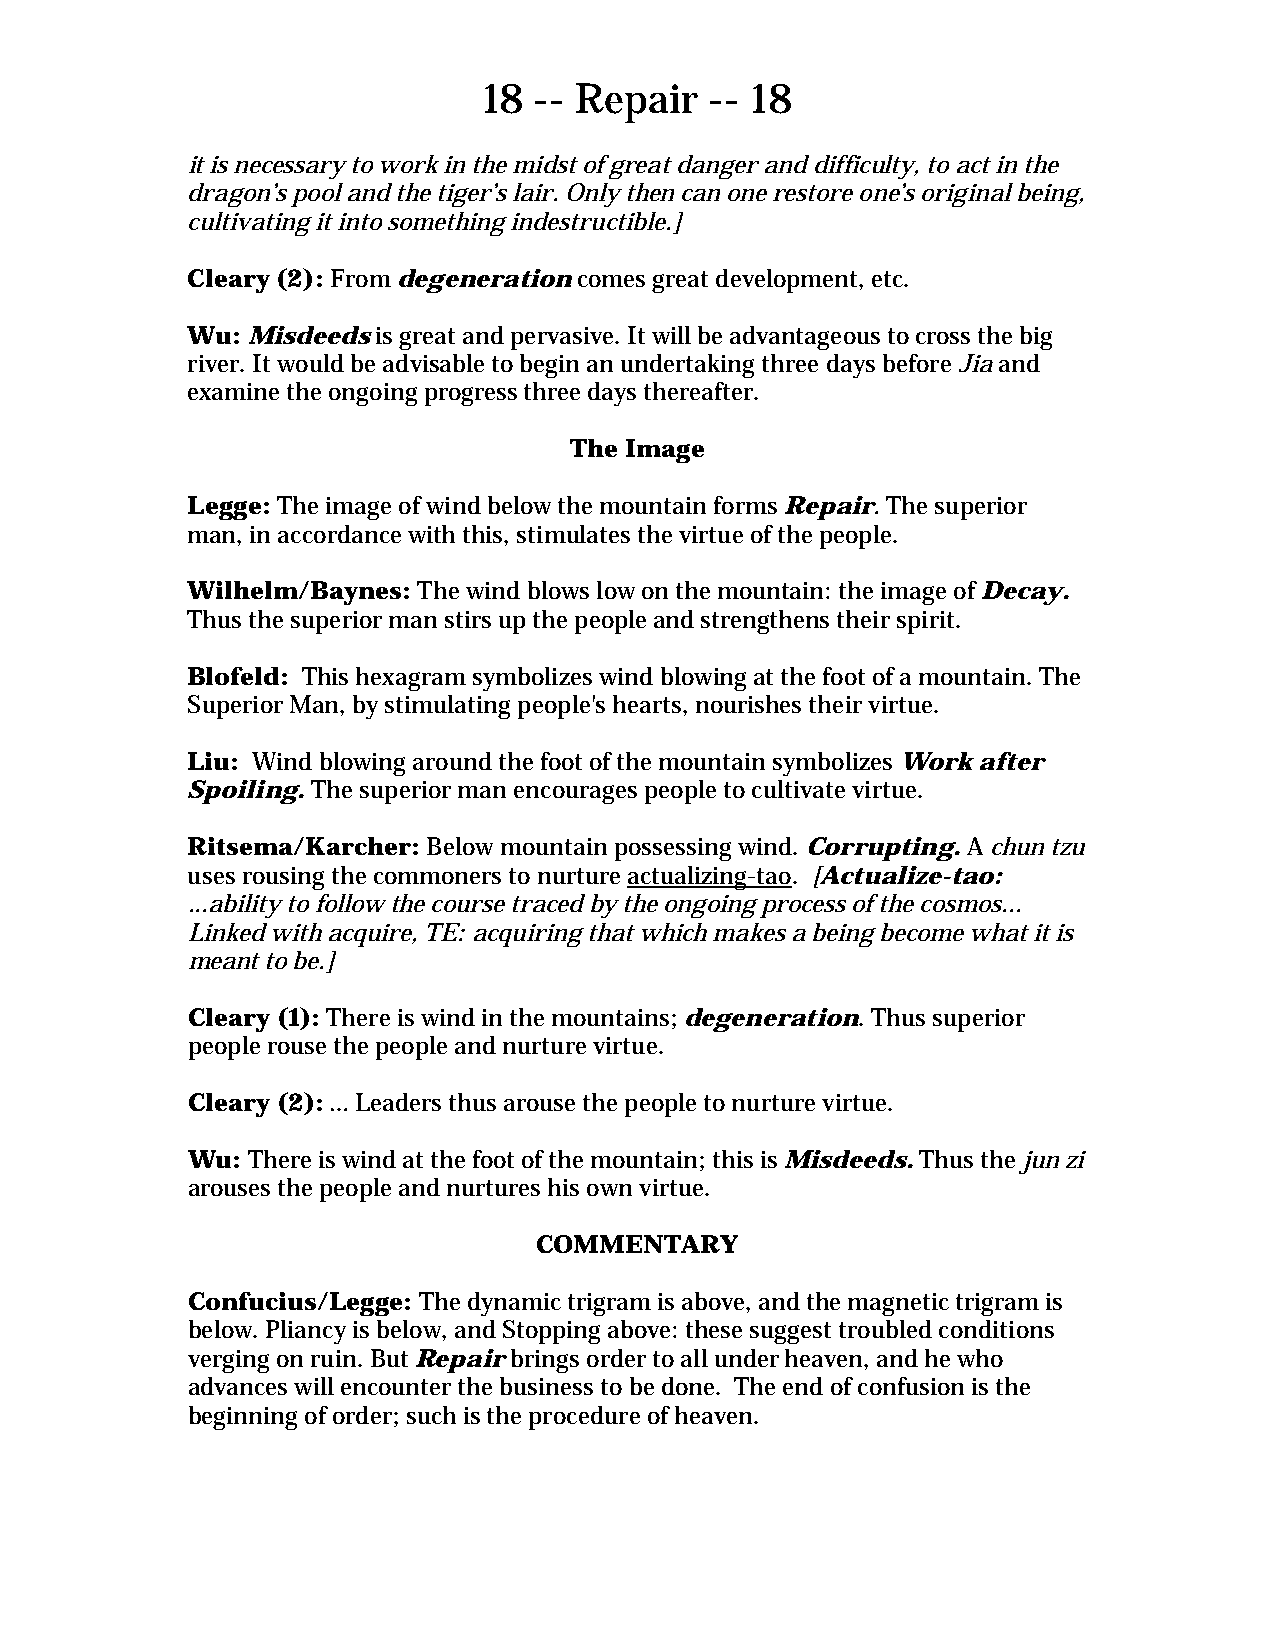
18 -- Repair   -- 18
 it is necessary to work in the midst of great danger and difficulty, to act in the
 dragon’s pool and the tiger’s lair. Only then can one restore one’s original being,
 cultivating it into something indestructible.]
 Cleary (2): From degeneration comes great development, etc.
 Wu: Misdeeds is great and pervasive. It will be advantageous to cross the big
 river. It would be advisable to begin an undertaking three days before Jia and
 examine the ongoing progress three days thereafter.
 The Image
 Legge: The image of wind below the mountain forms Repair. The superior
 man, in accordance with this, stimulates the virtue of the people.
 Wilhelm/Baynes: The wind blows low on the mountain: the image of Decay.
 Thus the superior man stirs up the people and strengthens their spirit.
 Blofeld: This hexagram symbolizes wind blowing at the foot of a mountain. The
 Superior Man, by stimulating people's hearts, nourishes their virtue.
 Liu: Wind blowing around the foot of the mountain symbolizes Work after
 Spoiling. The superior man encourages people to cultivate virtue.
 Ritsema/Karcher: Below mountain possessing wind. Corrupting. A chun tzu
 uses rousing the commoners to nurture actualizing-tao. [Actualize-tao:
 ...ability to follow the course traced by the ongoing process of the cosmos...
 Linked with acquire, TE: acquiring that which makes a being become what it is
 meant to be.]
 Cleary (1): There is wind in the mountains; degeneration. Thus superior
 people rouse the people and nurture virtue.
 Cleary (2): … Leaders thus arouse the people to nurture virtue.
 Wu: There is wind at the foot of the mountain; this is Misdeeds. Thus the jun zi
 arouses the people and nurtures his own virtue.
 COMMENTARY
 Confucius/Legge: The dynamic trigram is above, and the magnetic trigram is
 below. Pliancy is below, and Stopping above: these suggest troubled conditions
 verging on ruin. But Repair brings order to all under heaven, and he who
 advances will encounter the business to be done. The end of confusion is the
 beginning of order; such is the procedure of heaven.